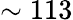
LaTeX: \sim 113